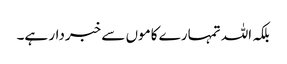
بلکہ اللہ تمہارے کاموں سے خبردار ہے۔